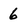
Character: 6